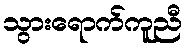
သွားရောက်ကူညီ